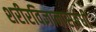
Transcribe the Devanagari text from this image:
शरीरविज्ञानासंबंधी